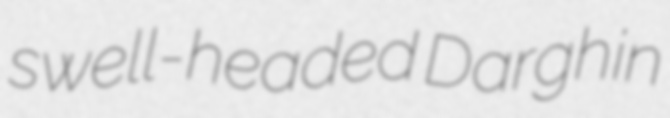
swell-headed Darghin